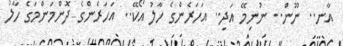
އާނ.. ނޫން.. ނުނިމޭ އަދި.. އަހަރެންގެ ހާލު އޯކޭ.. އަހަރެންގެ ދޮންމަންމަގެ ހާލު